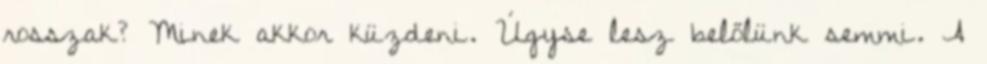
rosszak? Minek akkor küzdeni. Úgyse lesz belőlünk semmi. A